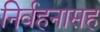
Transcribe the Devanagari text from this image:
निर्वहनासह